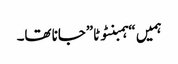
ہمیں “ہمبنٹوٹا”جانا تھا۔